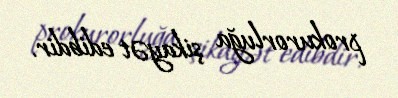
prokurorluğa şikayət edibdir.